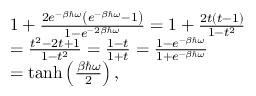
\begin{array} { r l } & { 1 + \frac { 2 e ^ { - \beta \hbar \omega } \left( e ^ { - \beta \hbar \omega } - 1 \right) } { 1 - e ^ { - 2 \beta \hbar \omega } } = 1 + \frac { 2 t ( t - 1 ) } { 1 - t ^ { 2 } } } \\ & { = \frac { t ^ { 2 } - 2 t + 1 } { 1 - t ^ { 2 } } = \frac { 1 - t } { 1 + t } = \frac { 1 - e ^ { - \beta \hbar \omega } } { 1 + e ^ { - \beta \hbar \omega } } } \\ & { = \operatorname { t a n h } \left( \frac { \beta \hbar \omega } { 2 } \right) , } \end{array}